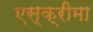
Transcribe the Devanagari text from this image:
एस्क्रीमा